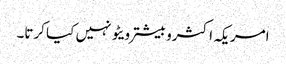
امریکہ اکثروبیشتر ویٹو نہیں کیا کرتا۔